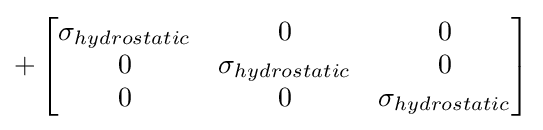
+\left[{\begin{matrix}\sigma _{hydrostatic}&0&0\\0&\sigma _{hydrostatic}&0\\0&0&\sigma _{hydrostatic}\\\end{matrix}}\right]